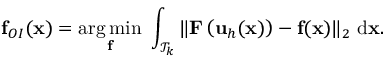
\mathbf { f } _ { O I } ( \mathbf { x } ) = \underset { \mathbf { f } } { \arg \operatorname* { m i n } } \ \int _ { \mathcal T _ { k } } \| \mathbf { F } \left( \mathbf { u } _ { h } ( \mathbf { x } ) \right) - \mathbf { f } ( \mathbf { x } ) \| _ { 2 } \ \mathrm { d } \mathbf { x } .